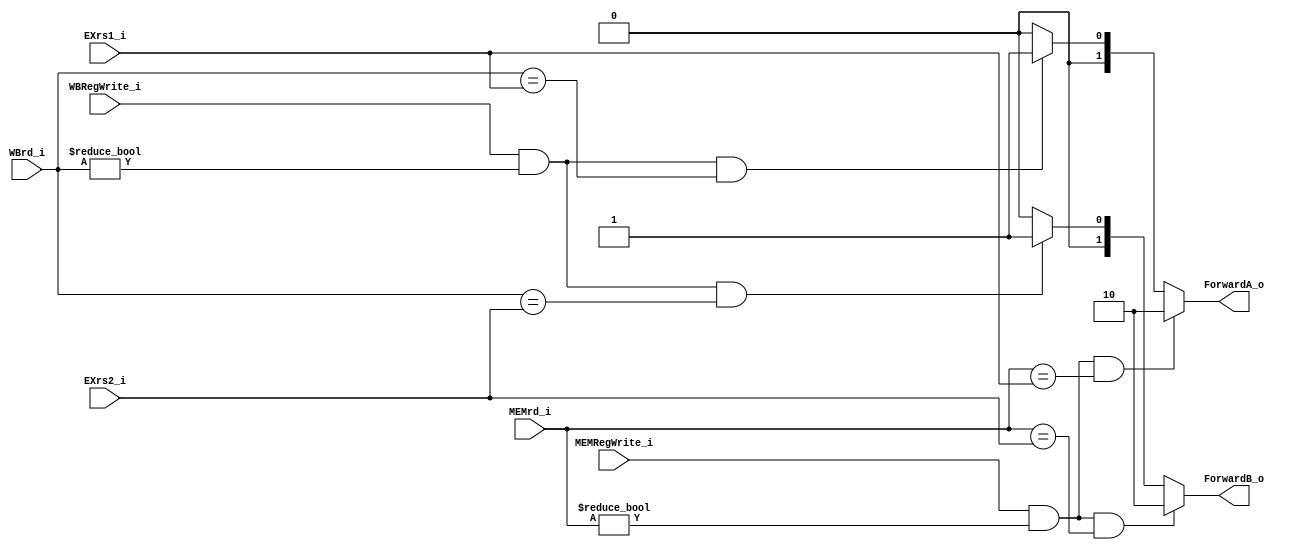
module ForwardingUnit(
    EXrs1_i,
    EXrs2_i,
    MEMRegWrite_i,
    MEMrd_i,
    WBRegWrite_i,
    WBrd_i,
    ForwardA_o,
    ForwardB_o
);
    input[4:0] EXrs1_i;
    input[4:0] EXrs2_i;
    input MEMRegWrite_i;
    input[4:0] MEMrd_i;
    input WBRegWrite_i;
    input[4:0] WBrd_i;
    output[1:0] ForwardA_o;
    output[1:0] ForwardB_o;

    reg[1:0] ForwardA_reg;
    reg[1:0] ForwardB_reg;

    always@(*) begin
        if (MEMRegWrite_i && (MEMrd_i!=0) && (MEMrd_i==EXrs1_i)) begin
            ForwardA_reg <= 2'b10;
        end
        else if (WBRegWrite_i && (WBrd_i!=0) && (WBrd_i==EXrs1_i)) begin
            ForwardA_reg <= 2'b01;
        end
        else begin
            ForwardA_reg <= 2'b00;
        end
        if (MEMRegWrite_i && (MEMrd_i!=0) && (MEMrd_i==EXrs2_i)) begin
            ForwardB_reg <= 2'b10;
        end
        else if (WBRegWrite_i && (WBrd_i!=0) && (WBrd_i==EXrs2_i)) begin
            ForwardB_reg <= 2'b01;
        end
        else begin
            ForwardB_reg <= 2'b00;
        end 
    end
    assign ForwardA_o = ForwardA_reg;
    assign ForwardB_o = ForwardB_reg;

endmodule